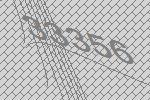
33356